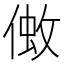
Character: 𠌒